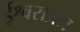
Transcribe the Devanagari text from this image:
ईश्वराप्रत